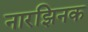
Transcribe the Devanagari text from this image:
नारझिनक